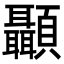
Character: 顳